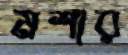
মশার